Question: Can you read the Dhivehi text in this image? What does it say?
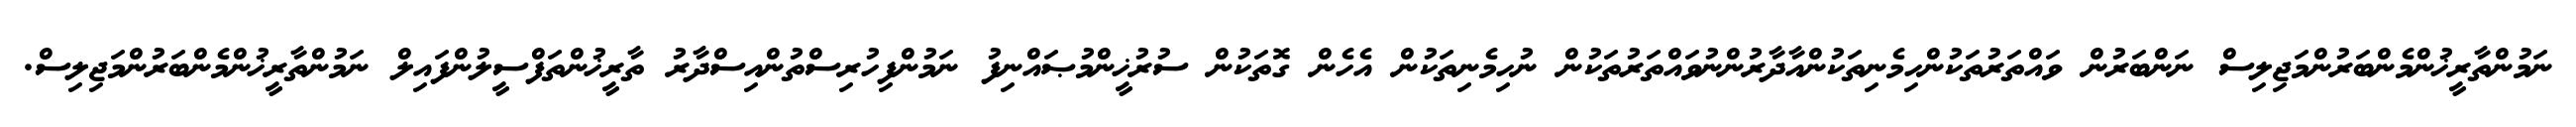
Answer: ނަމުންތާރީޚުންމެންބަރުންމަޖިލިސް ނަންބަރުން ވައްތަރުތަކުންހިމެނިތަކުންއާދާރުންނުވައްތަރުތަކުން ނުހިމެނިތަކުން އެހެން ގޮތަކުން ސުރުޚީންމުޞައްނިފު ނަމުންފިހުރިސްތުންއިސްދާރު ތާރީޚުންތަފްސީލުންފައިލް ނަމުންތާރީޚުންމެންބަރުންމަޖިލިސް.